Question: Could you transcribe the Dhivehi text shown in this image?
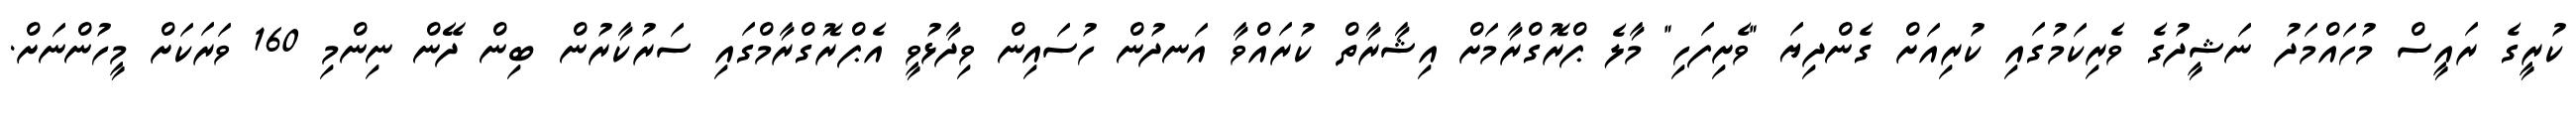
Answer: ކުރީގެ ރައީސް މުހައްމަދު ނަޝީދުގެ ވެރިކަމުގައި ކުރިއަށް ގެންދިޔަ "ވެށިފަހި" މާލެ ޕްރޮގްރާމަށް އިޝާރާތް ކުރައްވާ އަނދުން ހުސައިން ވިދާޅުވީ އެޕްރޮގްރާމްގައި ސަރުކާރުން ބިން ދޭން ނިންމި 160 ވަރަކަށް މީހުންނަށް.